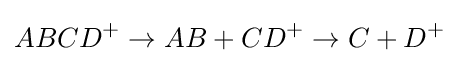
ABCD^{+}\to AB+CD^{+}\to C+D^{+}